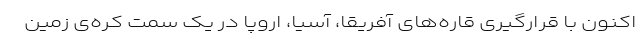
اکنون با قرارگیری قاره‌های آفریقا، آسیا، اروپا در یک سمت کره‌ی زمین